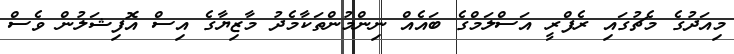
މިއަދުގެ މެޗުގައި ރެފްރީ އަސްލަމްގެ ބައެއް ނިންމުންތަކާމެދު މާޒިޔާގެ އިސް އޮފިޝަލުން ވެސް